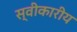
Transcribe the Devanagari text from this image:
स्वीकारीय